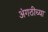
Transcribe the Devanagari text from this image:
अंगठीच्या